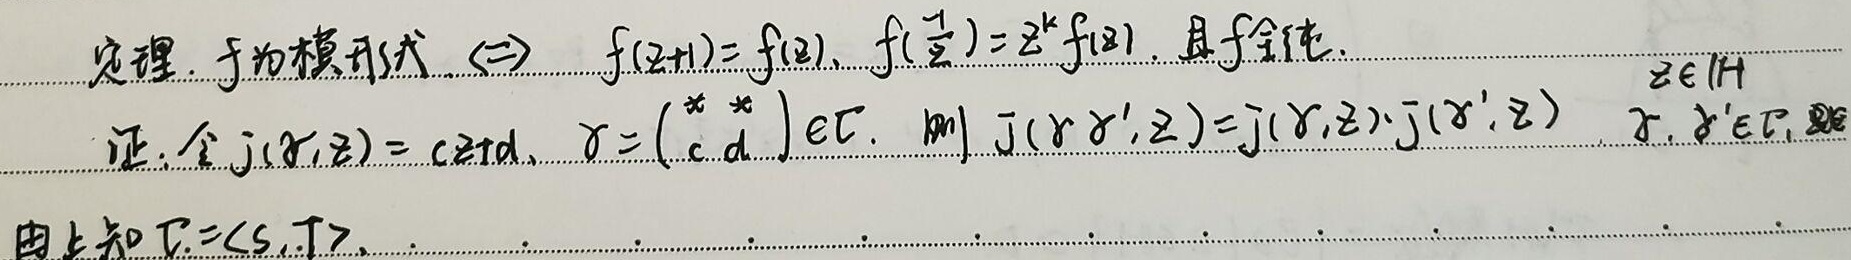
定理. \(f\) 为模形式 \(\Leftrightarrow\) \(f(z + 1)=f(z)\), \(f(\frac{1}{z}) = z^{k}f(z)\), 且 \(f\) 全纯. \(z\in\mathbb{H}\)
证: 令 \(j(\gamma,z)=cz + d\), \(\gamma=\begin{pmatrix}*&*\\c&d\end{pmatrix}\in\Gamma\). 则 \(j(\gamma\gamma',z)=j(\gamma,z)\cdot j(\gamma',z)\) \(\gamma,\gamma'\in\Gamma\), 且由上知 \(\Gamma=\langle S,T\rangle\).